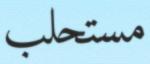
مستحلب